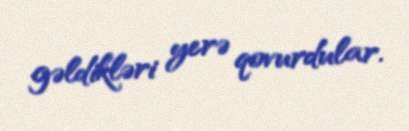
gəldikləri yerə qovurdular.